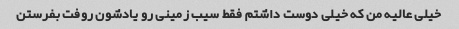
خیلى عالیه من که خیلى دوست داشتم فقط سیب زمینى رو یادشون روفت بفرستن